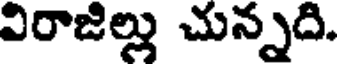
విరాజిల్లు చున్నది.